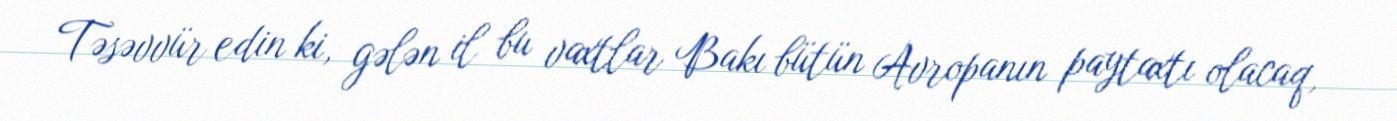
Təsəvvür edin ki, gələn il bu vaxtlar Bakı bütün Avropanın paytaxtı olacaq,